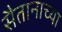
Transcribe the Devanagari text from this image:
सैतानाच्या